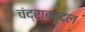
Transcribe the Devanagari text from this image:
चंद्राबद्दल